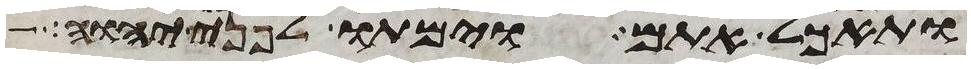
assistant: ותאכל אתם וימתו לפני יהוה